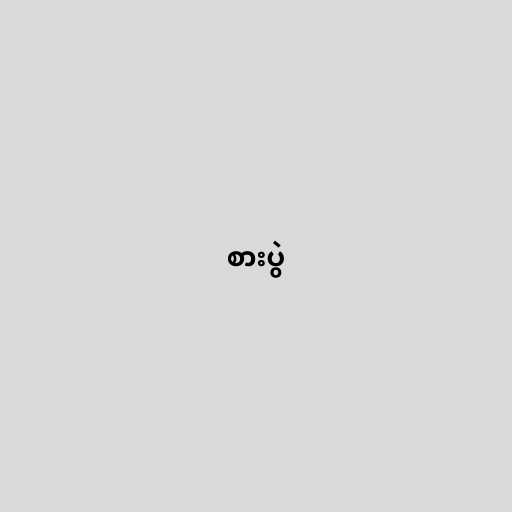
စားပွဲ